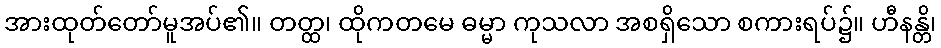
အားထုတ်တော်မူအပ်၏။ တတ္ထ၊ ထိုကတမေ ဓမ္မာ ကုသလာ အစရှိသော စကားရပ်၌။ ဟီနန္တိ၊